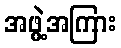
အဖွဲ့အကြား